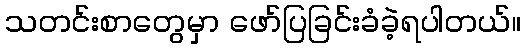
သတင်းစာတွေမှာ ဖော်ပြခြင်းခံခဲ့ရပါတယ်။